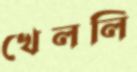
খেললি